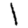
Digit: 1